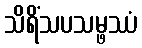
သိရိံသပသမ္ဖဿံ